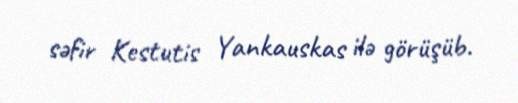
səfir Kestutis Yankauskas ilə görüşüb.